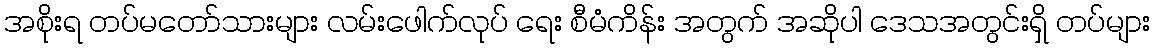
အစိုးရ တပ်မတော်သားများ လမ်းဖေါက်လုပ် ရေး စီမံကိန်း အတွက် အဆိုပါ ဒေသအတွင်းရှိ တပ်များ